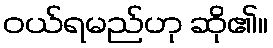
ဝယ်ရမည်ဟု ဆို၏။